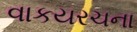
વાકયરચના